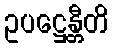
ဥပဋ္ဌေန္တီတိ